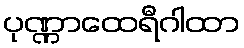
ပုဏ္ဏာထေရီဂါထာ